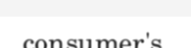
consumer's